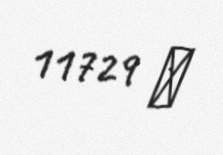
11729 ₼